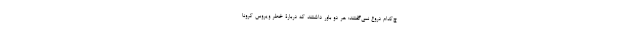
چ‌کدام دروغ نمی‌گفتند: هر دو باور داشتند که دربارۀ خطر ویروس کرونا